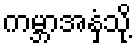
ကမ္ဘာအနှံ့သို့